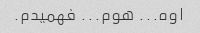
اوه... هوم... فهمیدم.